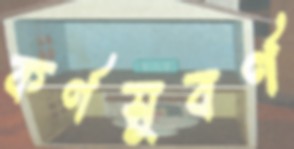
কর্ণসুবর্ণ